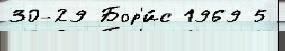
30-29 Бор'и́с 1969 5